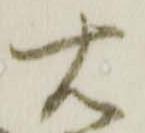
右